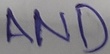
Text: AND